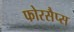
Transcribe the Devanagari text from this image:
फोरसैप्स